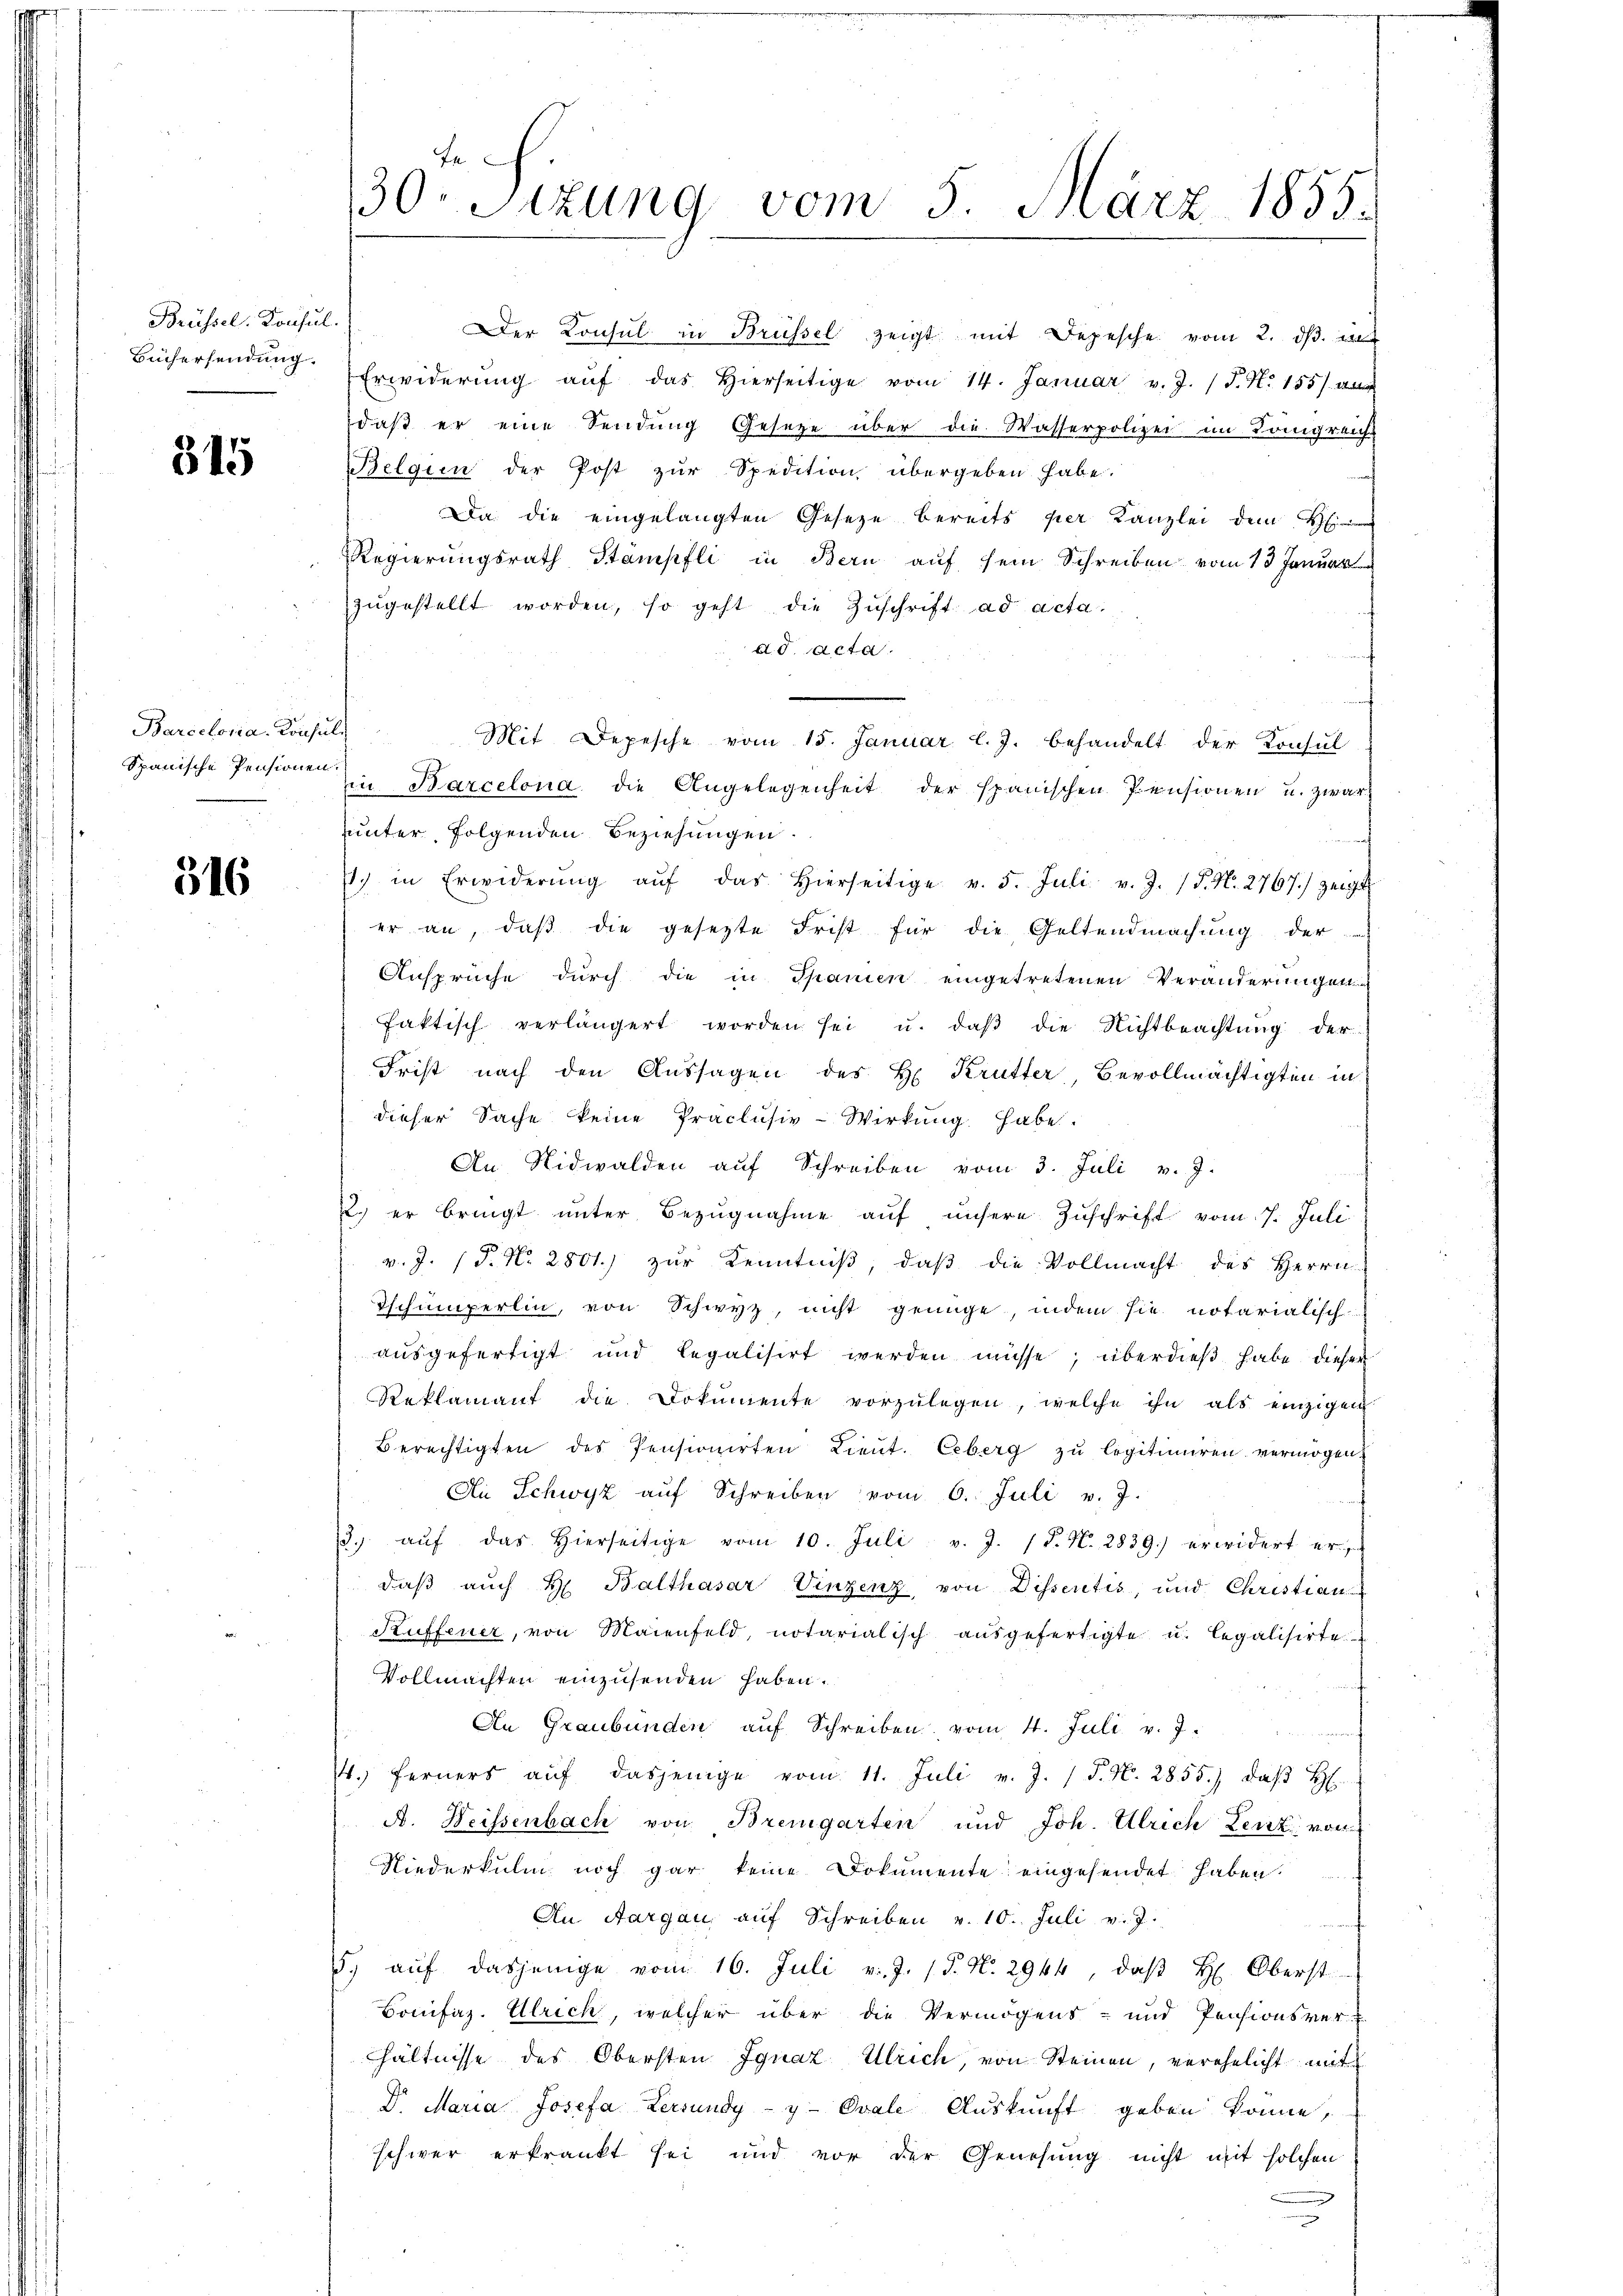
Brüssel. Donsul.
Büchersendung.

315

Barcelona. Konsul

516

¬
30. Sitzung vom 5. März 1855.

Der Konsul in Brüssel zeigt mit Depesche vom 2. dβ. in
Erwiderung aŭf das hierseitige vom 14. Januar v. J. (T. N. 155. Ma
daβ er eine Sendung Gesetze über die Wasserpolizei im Königreich
Belgien der Post zŭr Spedition übergeben habe.
Da die eingelangten Gesetze bereits per Kanzlei dem H
Regierungsrath Stämpfli in Bern auf sein Schreiben vom 13. Januar
zŭgestellt worden, so geht die Zŭschrift ad acta.
d. d. Acta.
Mit Depesche vom 15. Januar l. J. behandelt der Konsul
Spanische Pensionen in Barcelona die Angelegenheit der spanischen Pensionen u. zwar
unter folgenden Beziehungen.
a nach
) in Erwiderŭng aŭf das hierseitige v. 5. Juli v. J. P. Nr. 2767.) zeigt
er an, daβ die gesetzte Frist für die Geltendmachung der
Ansprüche durch die in Spanien eingetretenen Veränderungen
faktisch verlängert worden sei u. daβ die Nichtbeachtŭng der
Frist nach den Aussagen des H. Krutter, Bevollmächtigten in
dieser Sache keine Präclusiv-Wirkung habe.
An Nidwalden aŭf Schreiben vom 3. Juli v. J.
22. er bringt unter Bezugnahme auf unsere Zuschrift vom 7. Juli
v. J. (T. No. 2801.) zur Kenntniß, daß die Vollmacht des Herrn
Tschumperlin, von Schwyz, nicht genüge, indem sie notarialisch
ausgefertigt und legalisirt werden müsse; überdieß habe dieser
Reklamant die Dokumente vorzŭlegen, welche ihn als einzigen
Berechtigten des Pensionirten Lieŭt. Ceberg zŭ legitimiren vermögen,
Ai Schwyz aŭf Schreiben vom 6. Juli v. J.
3. aŭf das hierseitige vom 10. Juli v. J. P. N. 2839.) erwidert er
daß auch H. Balthasar Vinzenz, von Dissertis, und Christian
Kuffener, von Maienfeld, notarialisch aŭsgefertigte u. legalisirte
Vollmachten einzusenden haben.
An Graubünden auf Schreiben vom 4. Juli v. 7.
1. Ferners aŭf dasjenige vom 11. Juli v. J. J. N. 2855.) daß H
A. Weissenbach von Bremgarten und Joh. Ulrich Lenz von
Niederkulin noch gar keine Dokumente eingesendet haben.
An Aargau, aŭf Schreiben v. 10. Juli v. J.
5. aŭf dasjenige vom 16. Juli v. J. J. N. 2944, daß H. Oberst
Bonifaz. Ulrich, welcher über die Vermögens- und Pensionsver-
hältnisse des Obersten Ignaz Ulrich, von Steinen, verehelicht mit
Dr. Maria Josefa Zersundy-y- Ovale Auskunft geben könne,
schwer erkrankt sei und vor der Genehmig nicht mit solchen